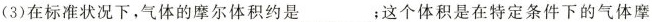
(3)在标准状况下，气体的摩尔体积约是___；这个体积是在特定条件下的气体摩